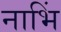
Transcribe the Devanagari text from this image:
नाभिं